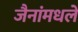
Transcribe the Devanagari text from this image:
जैनांमधले